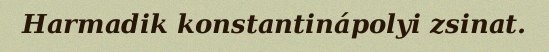
Harmadik konstantinápolyi zsinat.